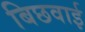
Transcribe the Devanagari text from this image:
बिछवाई